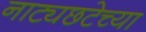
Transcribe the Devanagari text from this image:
नाट्यछटेच्या